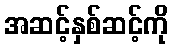
အဆင့်နှစ်ဆင့်ကို